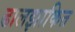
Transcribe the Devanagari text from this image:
ढालझाकित